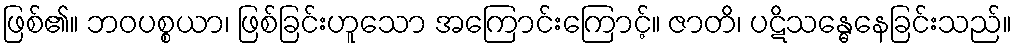
ဖြစ်၏။ ဘဝပစ္စယာ၊ ဖြစ်ခြင်းဟူသော အကြောင်းကြောင့်။ ဇာတိ၊ ပဋိသန္ဓေနေခြင်းသည်။